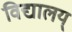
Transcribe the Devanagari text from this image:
विद्यालय्